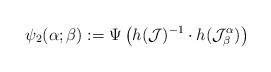
LaTeX: \begin{align*}\psi_{2}(\alpha;\beta):=\Psi\left(h(\mathcal{J})^{-1}\cdot h(\mathcal{J}_{\beta}^{\alpha})\right) \end{align*}